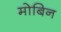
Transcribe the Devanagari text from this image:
मोबिन